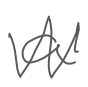
Text: a
Cross-out: zig-zag
Writing tool: digital_gray